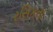
રસિકતા